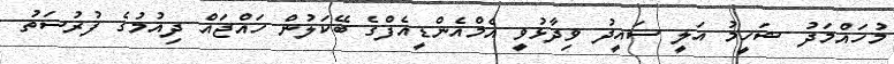
މުހައްމަދު ޝަހީމު އަލީ ސައީދު ވިދާޅުވީ އެމްއެންޑީއެފްގެ ބޭކަލުން ހައްޖައް ދިއުމުގެ ފުރުސަތު